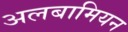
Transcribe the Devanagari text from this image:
अलबामियन